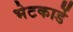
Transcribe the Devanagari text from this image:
भेटकार्डे